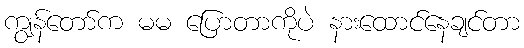
ကျွန်တော်က မမ ပြောတာကိုပဲ နားထောင်နေချင်တာ